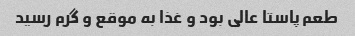
طعم پاستا عالی بود و غذا به موقع و گرم رسید